Report of the King Institute of Preventive Medicine, Guindy
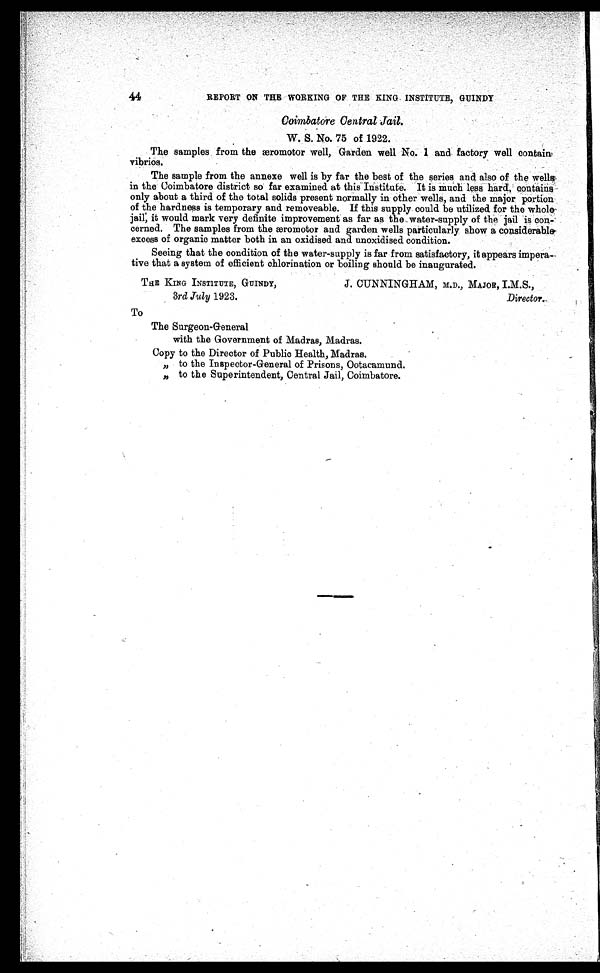
44
REPORT ON THE WORKING OF THE KING INSTITUTE, GUINDY
Coimbatore Central Jail.
W. S. No. 75 of 1922.
The samples from the æromotor well, Garden well No.1 and factory well contain
vibrios.
The sample from the annexe well is by far the best of the series and also of the wells
in the Coimbatore district so far examined at this Institute. It is much less hard, contains
only about a third of the total solids present normally in other wells, and the major portion
of the hardness is temporary and removeable. If this supply could be utilized for the whole
jail, it would mark very definite improvement as far as the water-supply of the jail is con
-cerned. The samples from the æromotor and garden wells particularly show a considerable
excess of organic matter both in an oxidised and unoxidised condition.
Seeing that the condition of the water-supply is far from satisfactory, it appears impera
-tive that a system of efficient chlorination or boiling should be inaugurated.
THE KING INSTITUTE, GUINDY,
3rd July 1923.
J. CUNNINGHAM, M.D., MAJOR, I.M.S.,
Director.
To
The Surgeon-General
with the Government of Madras, Madras.
Copy to the Director of Public Health, Madras.
" t o t h e I n s p e c t o r - G e n e r a l o f P r i s o n s , O o t a c a m u n d .
" t o t h e S u p e r i n t e n d e n t , Ce n t r a l J a i l , Co i mb a t o r e .